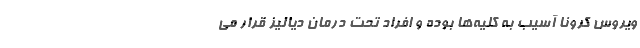
ویروس کرونا آسیب به کلیه‌ها بوده و افراد تحت درمان دیالیز قرار می